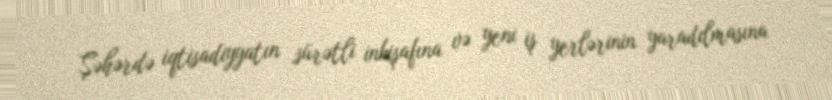
Şəhərdə iqtisadiyyatın sürətli inkişafına və yeni iş yerlərinin yaradılmasına